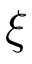
\xi